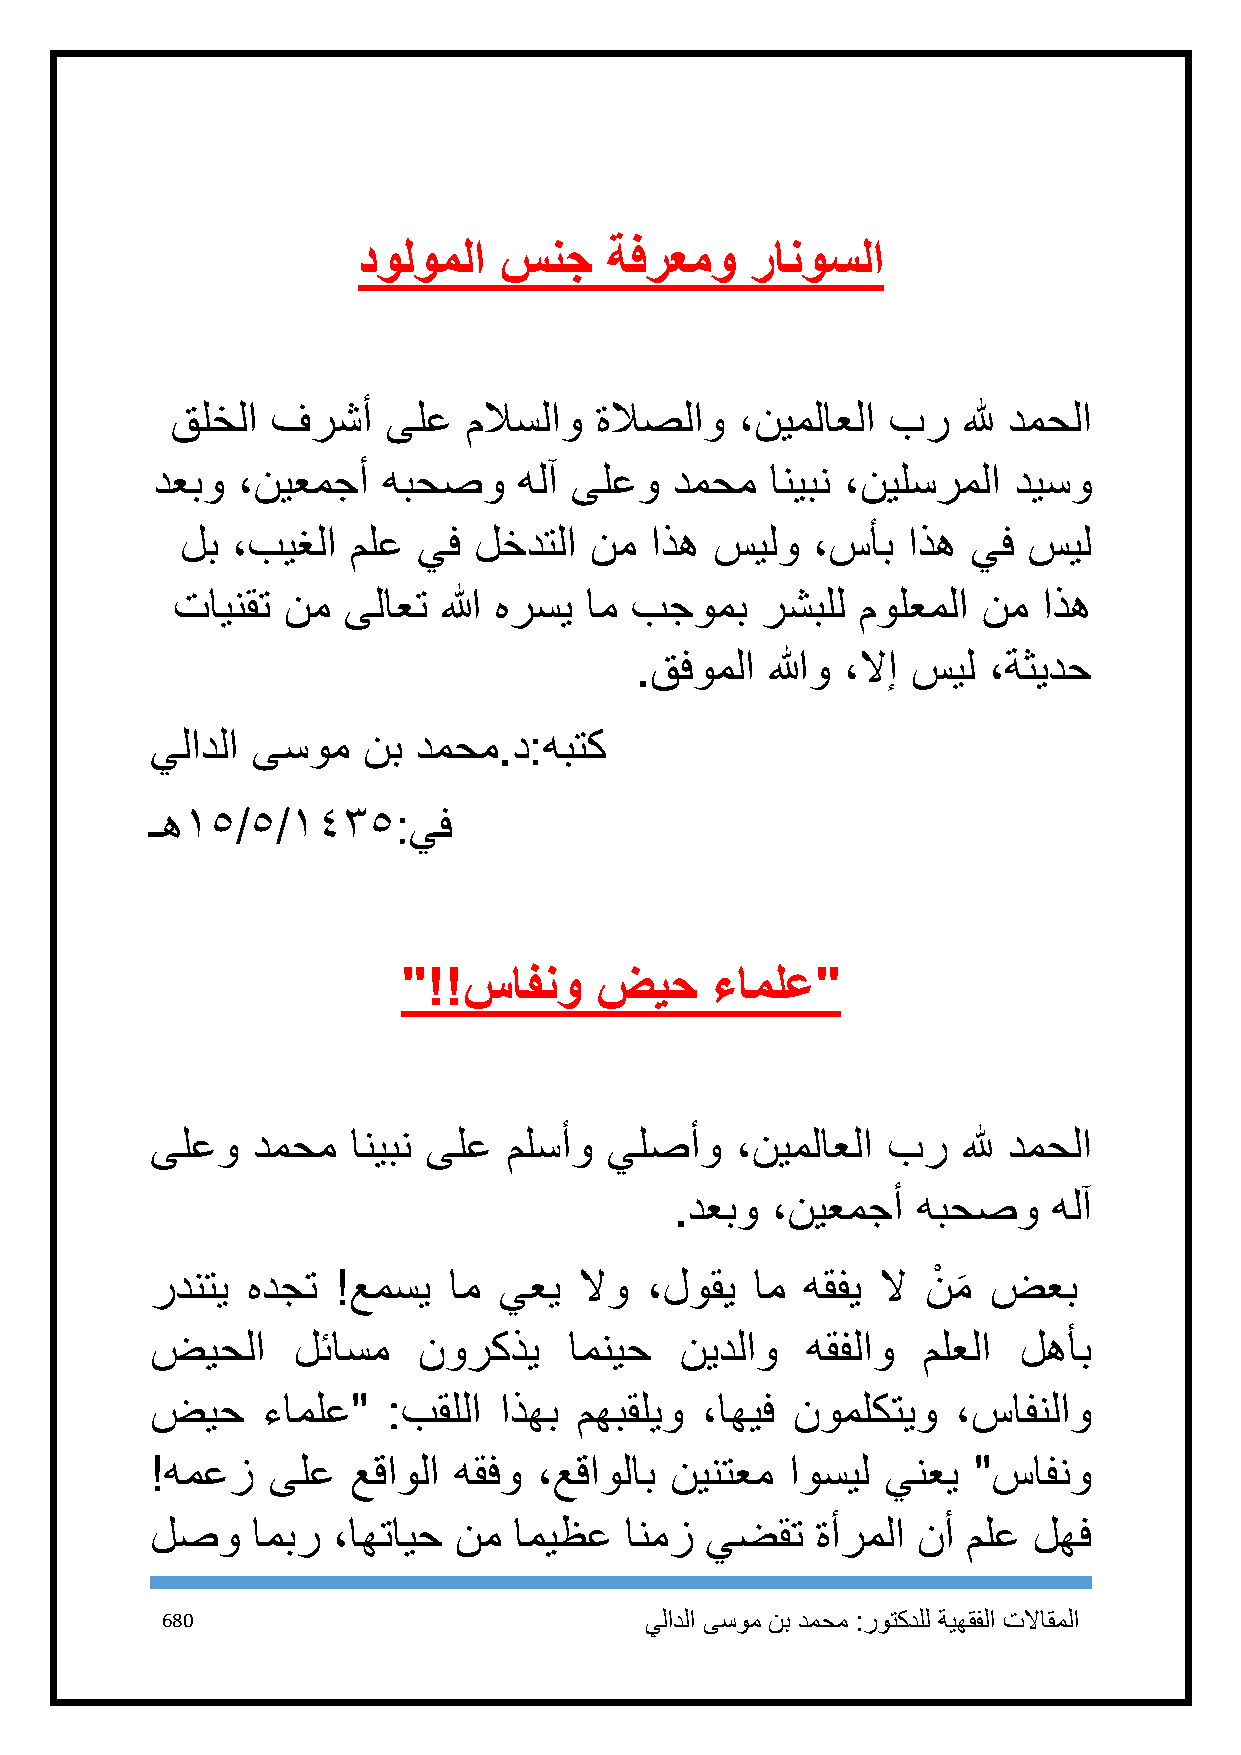
دولوملا  سنج    ةفرعمو    رانوسلا
 قلخلا  فرشأ    ىلع  ملاسلاو ةلاصلاو   ،نيملاعلا بر   لله دمحلا
 دعبو  ،نيعمجأ  هبحصو    هلآ ىلعو   دمحم  انيبن ،نيلسرملا ديسو
 لب ،بيغلا  ملع  يف لخدتلا  نم  اذه سيلو   ،سأب  اذه يف  سيل
 تاينقت  نم  ىلاعت الله هرسي ام بجومب   رشبلل  مولعملا نم  اذه
 .قفوملا  اللهو ،لاإ سيل ،ةثيدح
 يلادلا ىسوم   نب دمحم.د:هبتك
 ـه٠٥/٥/٠٤٣٥:يف
 "!!سافنو    ضيح     ءاملع"
 ىلعو   دمحم  انيبن ىلع  ملسأو يلصأو    ،نيملاعلا بر   لله دمحلا
 .دعبو ،نيعمجأ   هبحصو    هلآ
 ردنتي هدجت  !عمسي   ام يعي  لاو  ،لوقي  ام هقفي لا نْ م ضعب
 َ
 ضيحلا    لئاسم    نوركذي    امنيح  نيدلاو  هقفلاو  ملعلا لهأب
 ضيح    ءاملع"   :بقللا اذهب مهبقليو ،اهيف نوملكتيو   ،سافنلاو
 !همعز   ىلع  عقاولا هقفو  ،عقاولاب نينتعم اوسيل  ينعي "سافنو
 لصو    امبر ،اهتايح نم  اميظع  انمز  يضقت   ةأرملا نأ ملع لهف
 681                             يلادلا ىسوم نب دمحم :روتكدلل ةيهقفلا تلااقملا